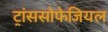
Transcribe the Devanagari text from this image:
ट्रांससोफेजियल